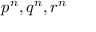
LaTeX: p ^ { n } , q ^ { n } , r ^ { n }